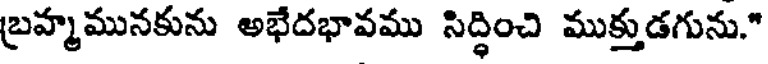
బ్రహ్మమునకును అభేదభావము సిద్ధించి ముక్తుడగును."